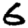
Digit: 6